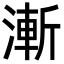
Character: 漸